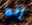
إنه